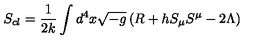
S _ { c l } = \frac { 1 } { 2 k } \int d ^ { 4 } x \sqrt { - g } \left( R + h S _ { \mu } S ^ { \mu } - 2 \Lambda \right)